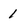
Character: 1